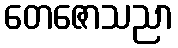
တေဇောသညာ